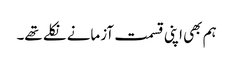
ہم بھی اپنی قسمت آزمانے نکلے تھے۔